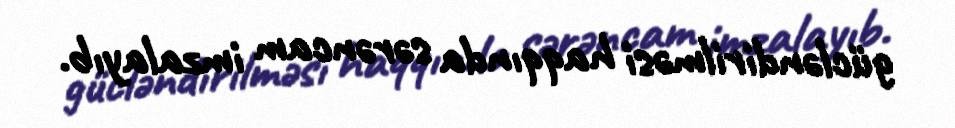
gücləndirilməsi haqqında sərəncam imzalayıb.